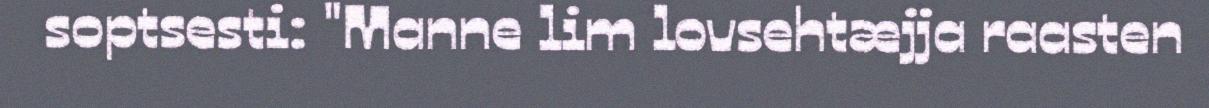
soptsesti: "Manne lim lovsehtæjja raasten